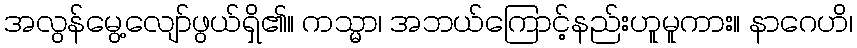
အလွန်မွေ့လျော်ဖွယ်ရှိ၏။ ကသ္မာ၊ အဘယ်ကြောင့်နည်းဟူမူကား။ နာဂေဟိ၊